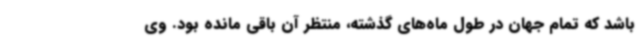
باشد که تمام جهان در طول ماه‌های گذشته، منتظر آن باقی مانده بود. وی